Report of the King Institute of Preventive Medicine, Guindy
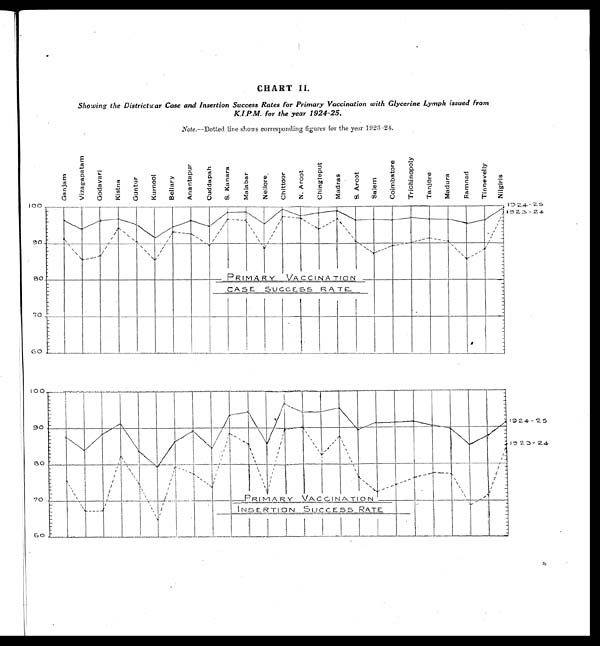
CHART II.
Showing the Districtuar Case and Insertion Success Rates for Primary Vaccination with Glycerine Lymph issued from
K.I.P.M. for the year 1924-25.
Note.—Dotted line shows corresponding figures . .for the year 1.923-24.